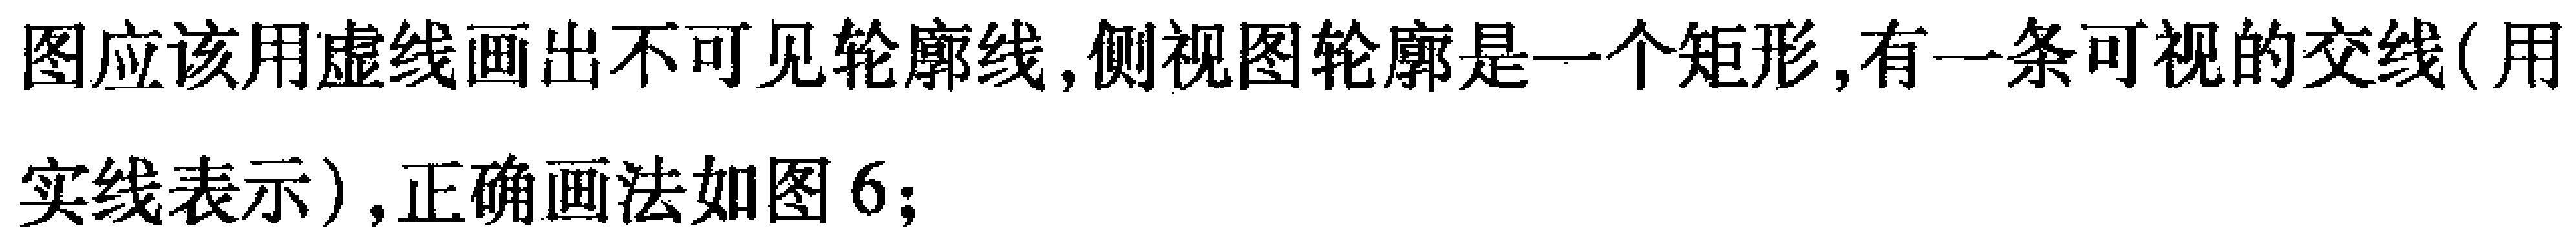
图应该用虚线画出不可见轮廓线,侧视图轮廓是一个矩形,有一条可视的交线(用
实线表示),正确画法如图6;